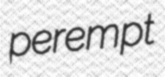
perempt